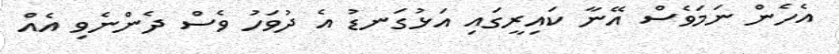
އެހެން ނަމަވެސް އޭނާ ކައިރީގައި އަޅުގަނޑު އެ ދުވަހު ވެސް ދެންނެވި އެއް